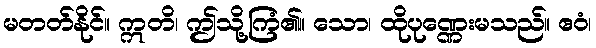
မတတ်နိုင်။ ဣတိ၊ ဤသို့ကြံ၏။ သော၊ ထိုပုဏ္ဏေးမသည်။ ဧဝံ၊